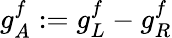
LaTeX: g_{A}^{f}:=g_{L}^{f}-g_{R}^{f}